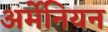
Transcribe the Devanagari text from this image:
अर्मेनियन